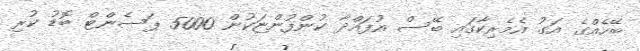
ބޭހެއްގެ އަގު އެމެރިކާގައި ބޭސް އުފައްދާ ކުންފުންޏަކުން 5000 ޕަސެންޓް ބޮޑު ކުރި